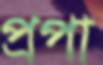
প্রপা